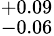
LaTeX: ^{+0.09}_{-0.06}